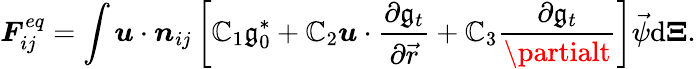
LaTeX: \boldsymbol{F}_{ij}^{eq}=\int\boldsymbol{u}\cdot\boldsymbol{n}_{ij}\left[\mathbb{C}_{1}\mathfrak{g}_{0}^{\ast}+\mathbb{C}_{2}\boldsymbol{u}\cdot\frac{{\partial\mathfrak{g}_{t}}}{{\partial\vec{{r}}}}+\mathbb{C}_{3}\frac{{\partial\mathfrak{g}_{t}}}{{\partialt}}\right]{\vec{{\psi}}}\mathrm{{d}}\boldsymbol{\Xi}.